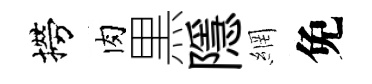
撈肉黒隱網免